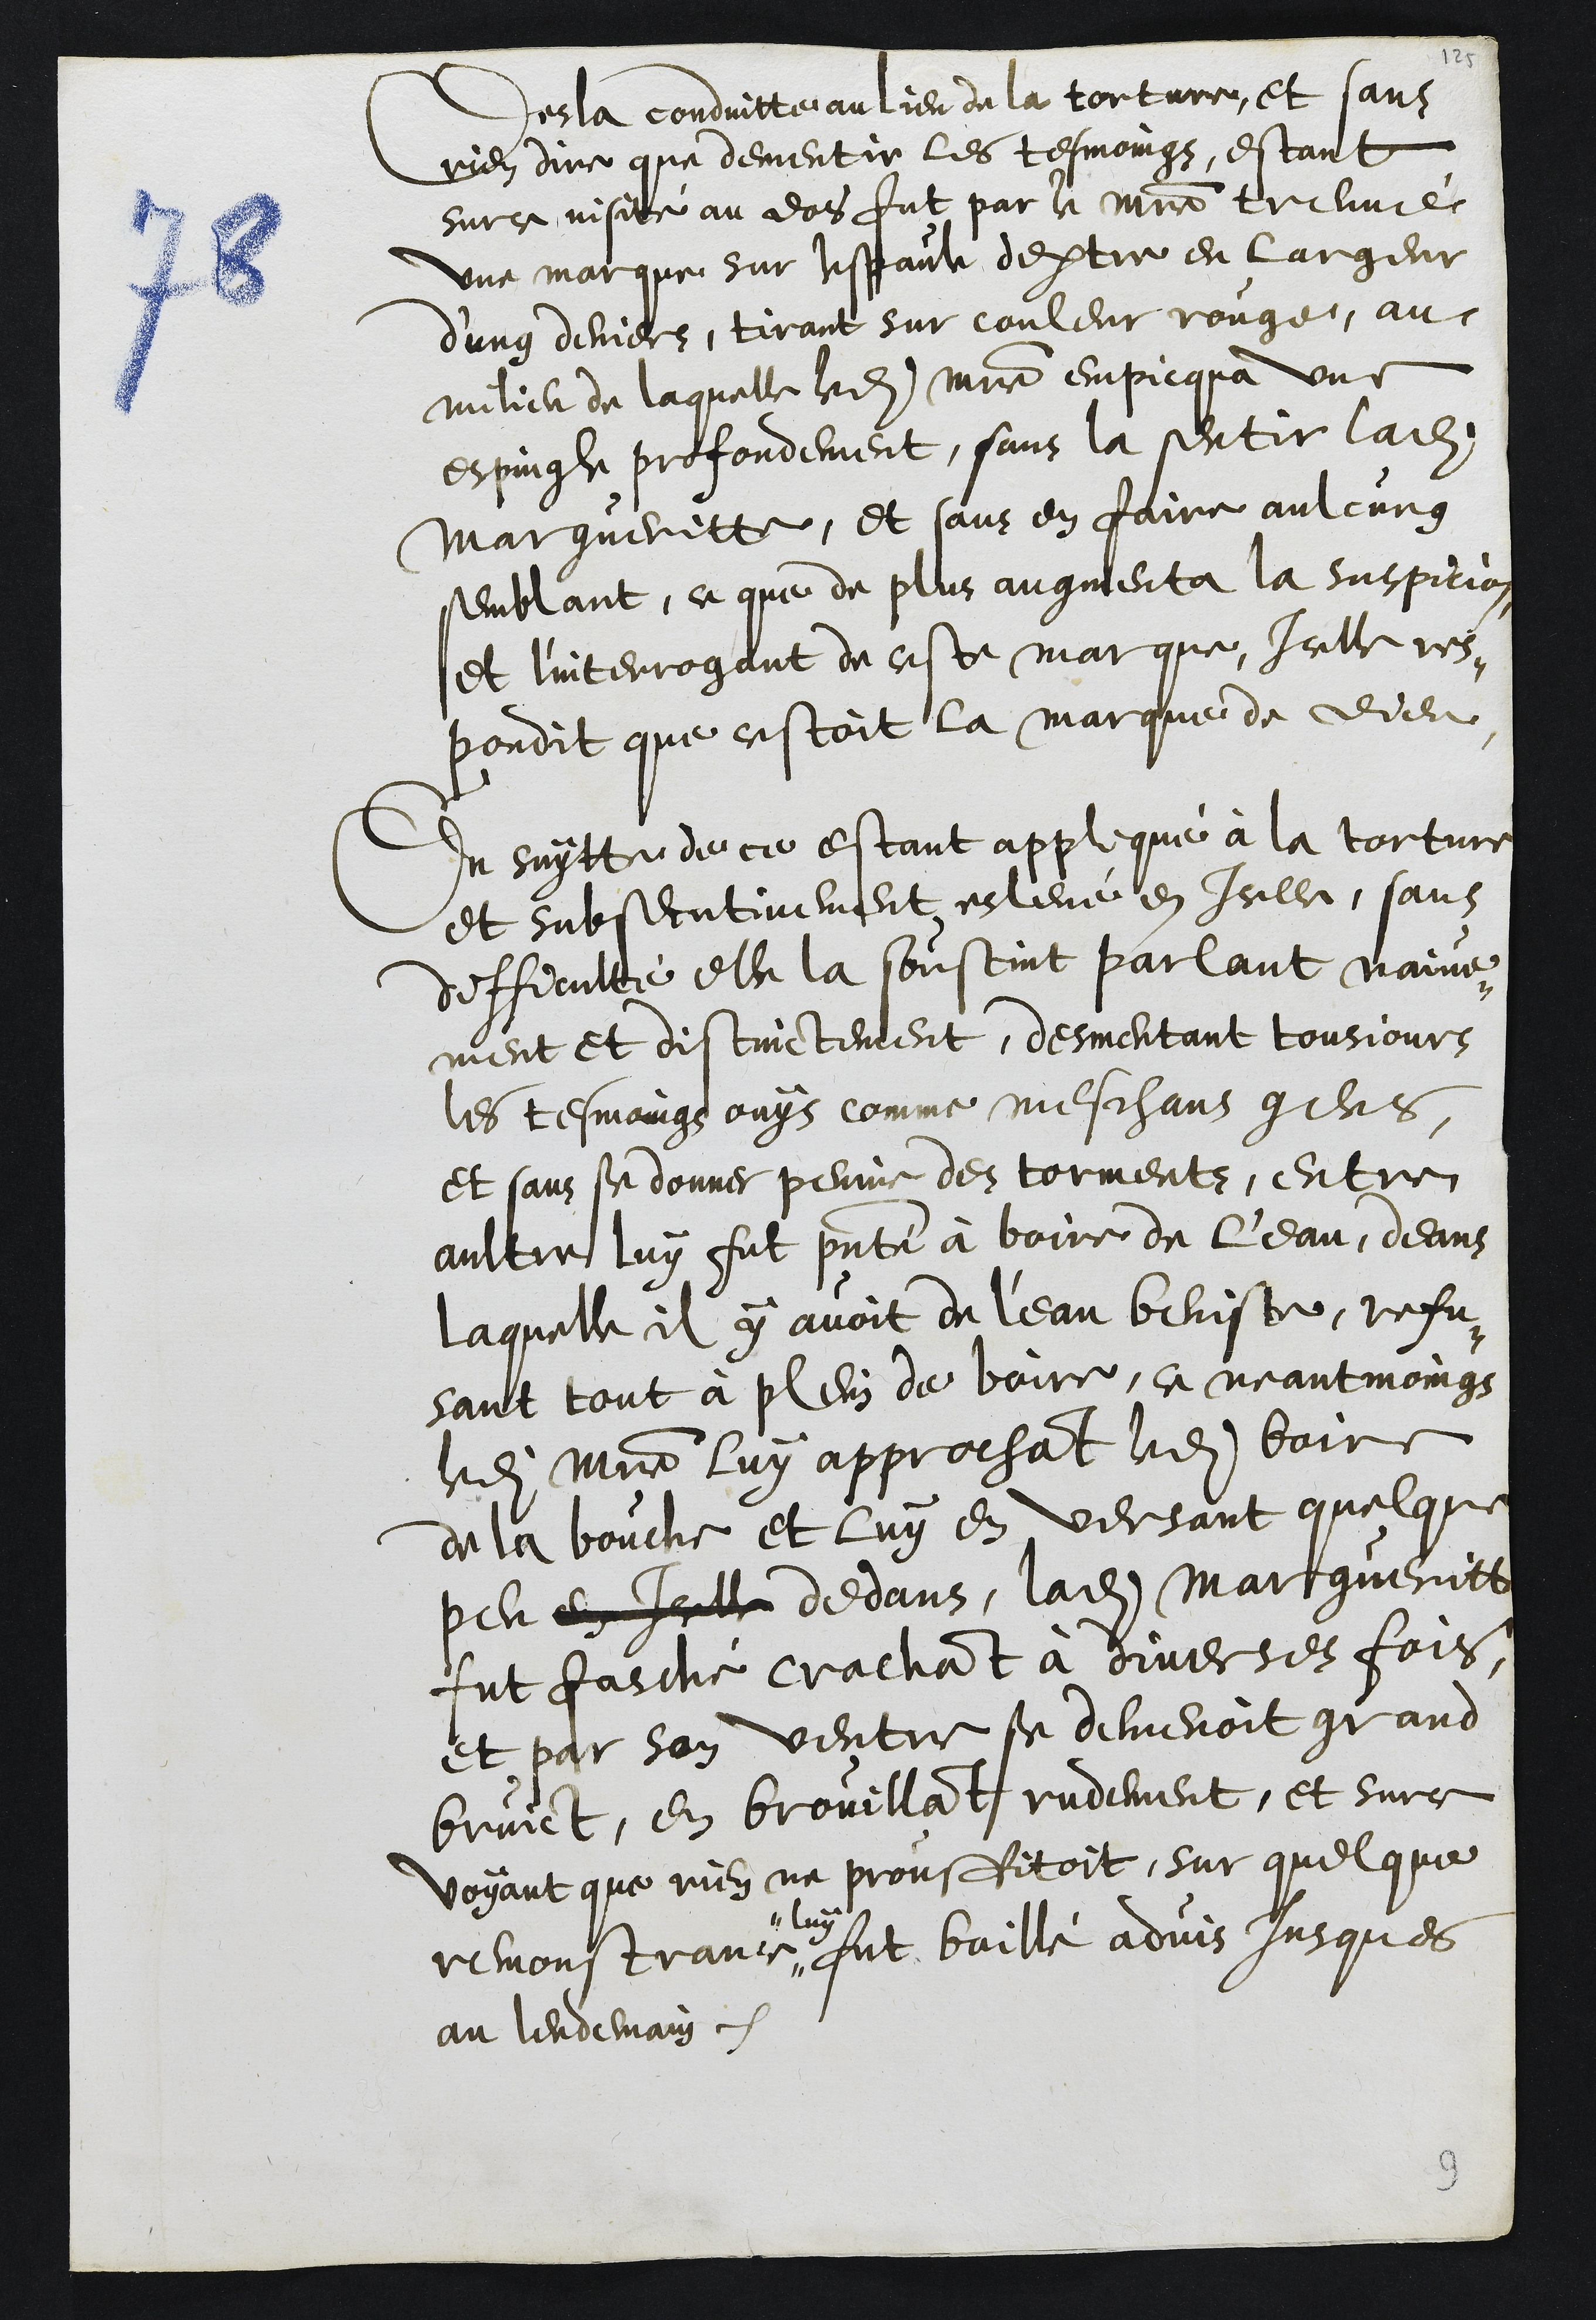
Desla conduitte au lieu de la torture, et sans
rien dire que dementir les tesmoings, estant
surce visité au dos fut par le maistre treuvé
une marque sur lespaule dextre en largeur
d'ung deniers, tirant sur couleur rouge, au
milieu de laquelle ledit maistre empicqua une
espingle profondement, sans la sentir ladite
Margueritte, et sans en faire aulcung
semblant, ce que de plus augmenta la suspicion,
et l'interrogant de ceste marque, Icelle res¬
pondit que cestoit la marque de Dieu
En suytte de ce estant appliqué à la torture
et subsecutivement eslevé en Icelle, sans
difficulté elle la soustint parlant naive¬
ment et distinctement, desmentant tousjours
les tesmoings ouys comme meschans gens,
et sans se donner peinne des torments, entre
aultre luy fut presenté à boire de l'eau, deans
laquelle il y avoit de l'eau beniste, refu¬
sant tout à plein de boire, ce neantmoings
ledit maistre luy approchant ledit boire
de la bouche et luy en versant quelque
peu en icelle dedans, ladite Margueritte
fut fasché crachant à diverses fois
et par son ventre se demenoit grand
bruict, en brouillant rudement, et surce
voyant que rien ne prouffitoit, sur quelque
remonstrance
luy
fut baillé advis jusques
au lendemain.

9